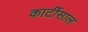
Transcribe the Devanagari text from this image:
कार्टीसाल